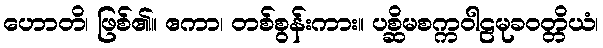
ဟောတိ၊ ဖြစ်၏။ ဧကာ၊ တစ်စွန်းကား။ ပစ္ဆိမစက္ကဝါဠမုခဝတ္တိယံ၊